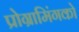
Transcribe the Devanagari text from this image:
प्रोग्रामिंगको